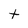
Character: t